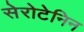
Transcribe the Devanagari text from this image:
सेरोटेनिन